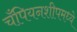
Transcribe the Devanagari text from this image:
चँपियनशीपमध्ये